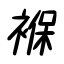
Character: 褓